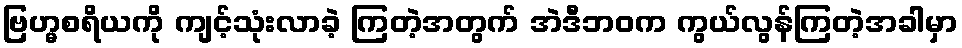
ဗြဟ္မစရိယကို ကျင့်သုံးလာခဲ့ ကြတဲ့အတွက် အဲဒီဘဝက ကွယ်လွန်ကြတဲ့အခါမှာ